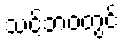
သင့်ဘဝတွင်